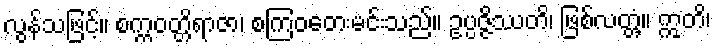
လွန်သဖြင့်။ စက္ကဝတ္တိရာဇာ၊ စကြဝတေးမင်းသည်။ ဥပ္ပဇ္ဇိဿတိ၊ ဖြစ်လတ္တံ့။ ဣတိ၊